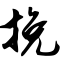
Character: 挽